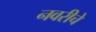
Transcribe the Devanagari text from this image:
नवरीचे